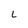
Character: L